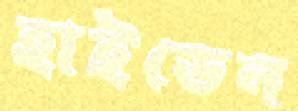
হাইডেন